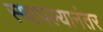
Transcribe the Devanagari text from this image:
स्थापल्यानंतर